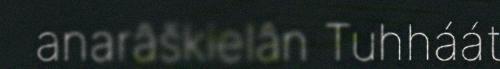
anarâškielân Tuhháát